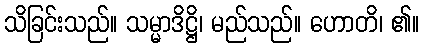
သိခြင်းသည်။ သမ္မာဒိဋ္ဌိ၊ မည်သည်။ ဟောတိ၊ ၏။